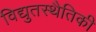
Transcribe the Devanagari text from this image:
विद्युतस्थैतिकी